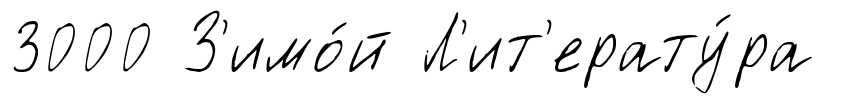
3000 З'имо́й Л'ит'ерату́ра